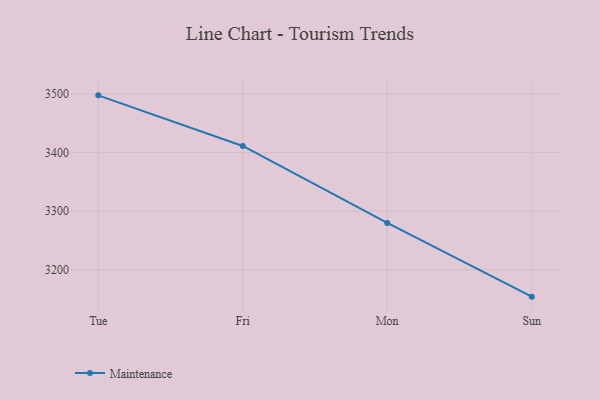
{"axis": {"x": "Day", "y": "Energy Usage (MWh)"}, "legend": ["Maintenance"], "data": [{"x": "Tue", "y": 3497.9, "type": "Maintenance"}, {"x": "Fri", "y": 3411.3, "type": "Maintenance"}, {"x": "Mon", "y": 3279.6, "type": "Maintenance"}, {"x": "Sun", "y": 3153.6, "type": "Maintenance"}]}